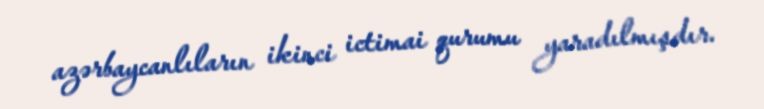
azərbaycanlıların ikinci ictimai qurumu yaradılmışdır.